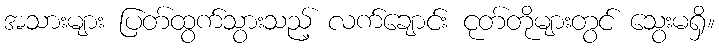
အသားများ ပြတ်ထွက်သွားသည့် လက်ချောင်း ငုတ်တိုများတွင် သွေးမရှိ။